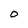
Character: O